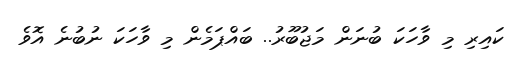
ކައިރި މި ވާހަކަ ބުނަން މަޖުބޫރު.. ބައްޕަމެން މި ވާހަކަ ނުބުނެ އޮވެ